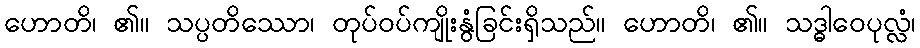
ဟောတိ၊ ၏။ သပ္ပတိဿော၊ တုပ်ဝပ်ကျိုးနွံခြင်းရှိသည်။ ဟောတိ၊ ၏။ သဒ္ဓါဝေပုလ္လံ၊